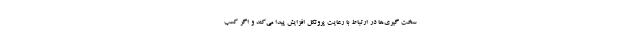
سخت گیری‌ها در ارتباط با رعایت پروتکل افزایش پیدا می‌کند و اگر کسب